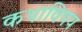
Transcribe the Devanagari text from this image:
कथाविषय